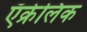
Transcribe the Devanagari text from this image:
ऍक्रेलिक